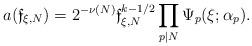
LaTeX: \begin{align*} a(\mathfrak f_{\xi,N}) = 2^{-\nu(N)}\mathfrak f_{\xi,N}^{k-1/2} \prod_{p\mid N} \Psi_p(\xi;\alpha_p). \end{align*}